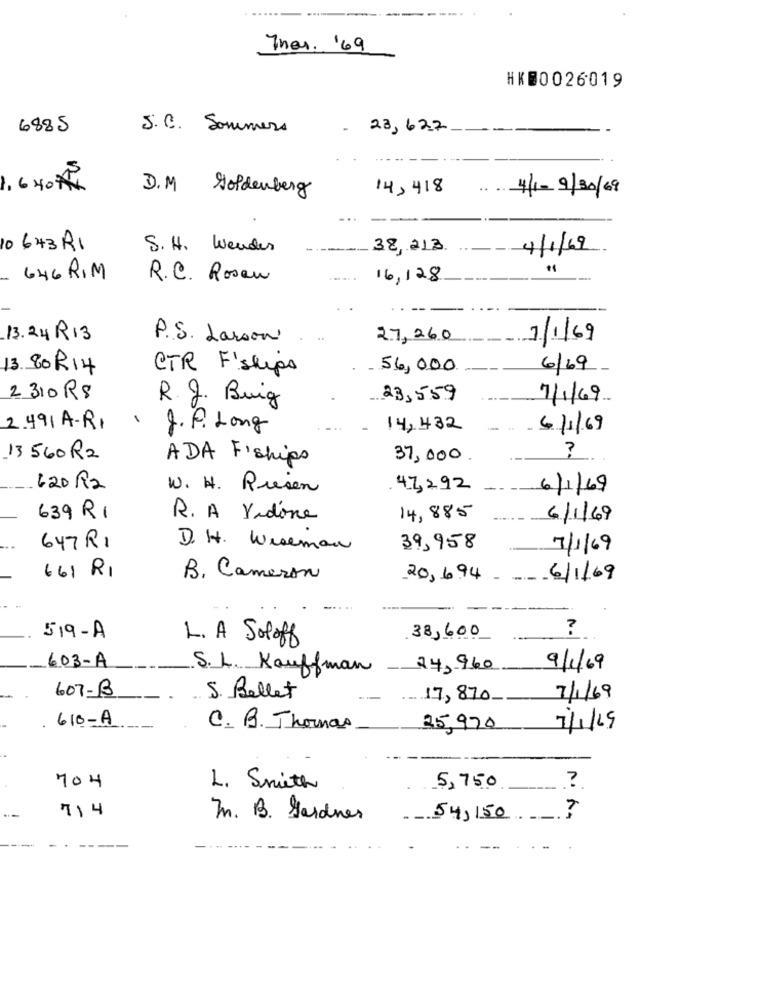
Thor, '69
HK@0026019
6885
S. C. Sommers
23,627
1,6 40*
D.M Goldenberg
14,418
.. ..
4/1-9/20/69
10 643 R1
S. H. Wender
38,213.
4/1/69
646 RIM
R.C. Rosew
16,128
13.24 R13
P. S. Larson
27,260
1/1/69
13.80R14
CTR F'schips
56,000
6/69
2310 R$
R. J. Buig
23,559
7/1/69
1
2.491 A-R1
J.P. Long
14,432
6/1/69
?
13560 R2
ADA Fiships
37,000
620 R2
W. H. Riesen
47,292
6/1/69
639 R1
R. A Yadone
14,885
6/1/69
647 R1
D. H. Wiseman
39,958
7/1/69
661 R1
B. Cameron
20,6.94
6/1/69
?
519-A
L. A Soloff
38,600
603-A
S. L. Kauffman
24,960
9/1/69
607-B
S. Bellet
17,870
7/1/69
.610-A
C. B. Thomas
25,970
7/1/25
704
L. Smith
5,750
?
I. B. Gardner
54,150 }